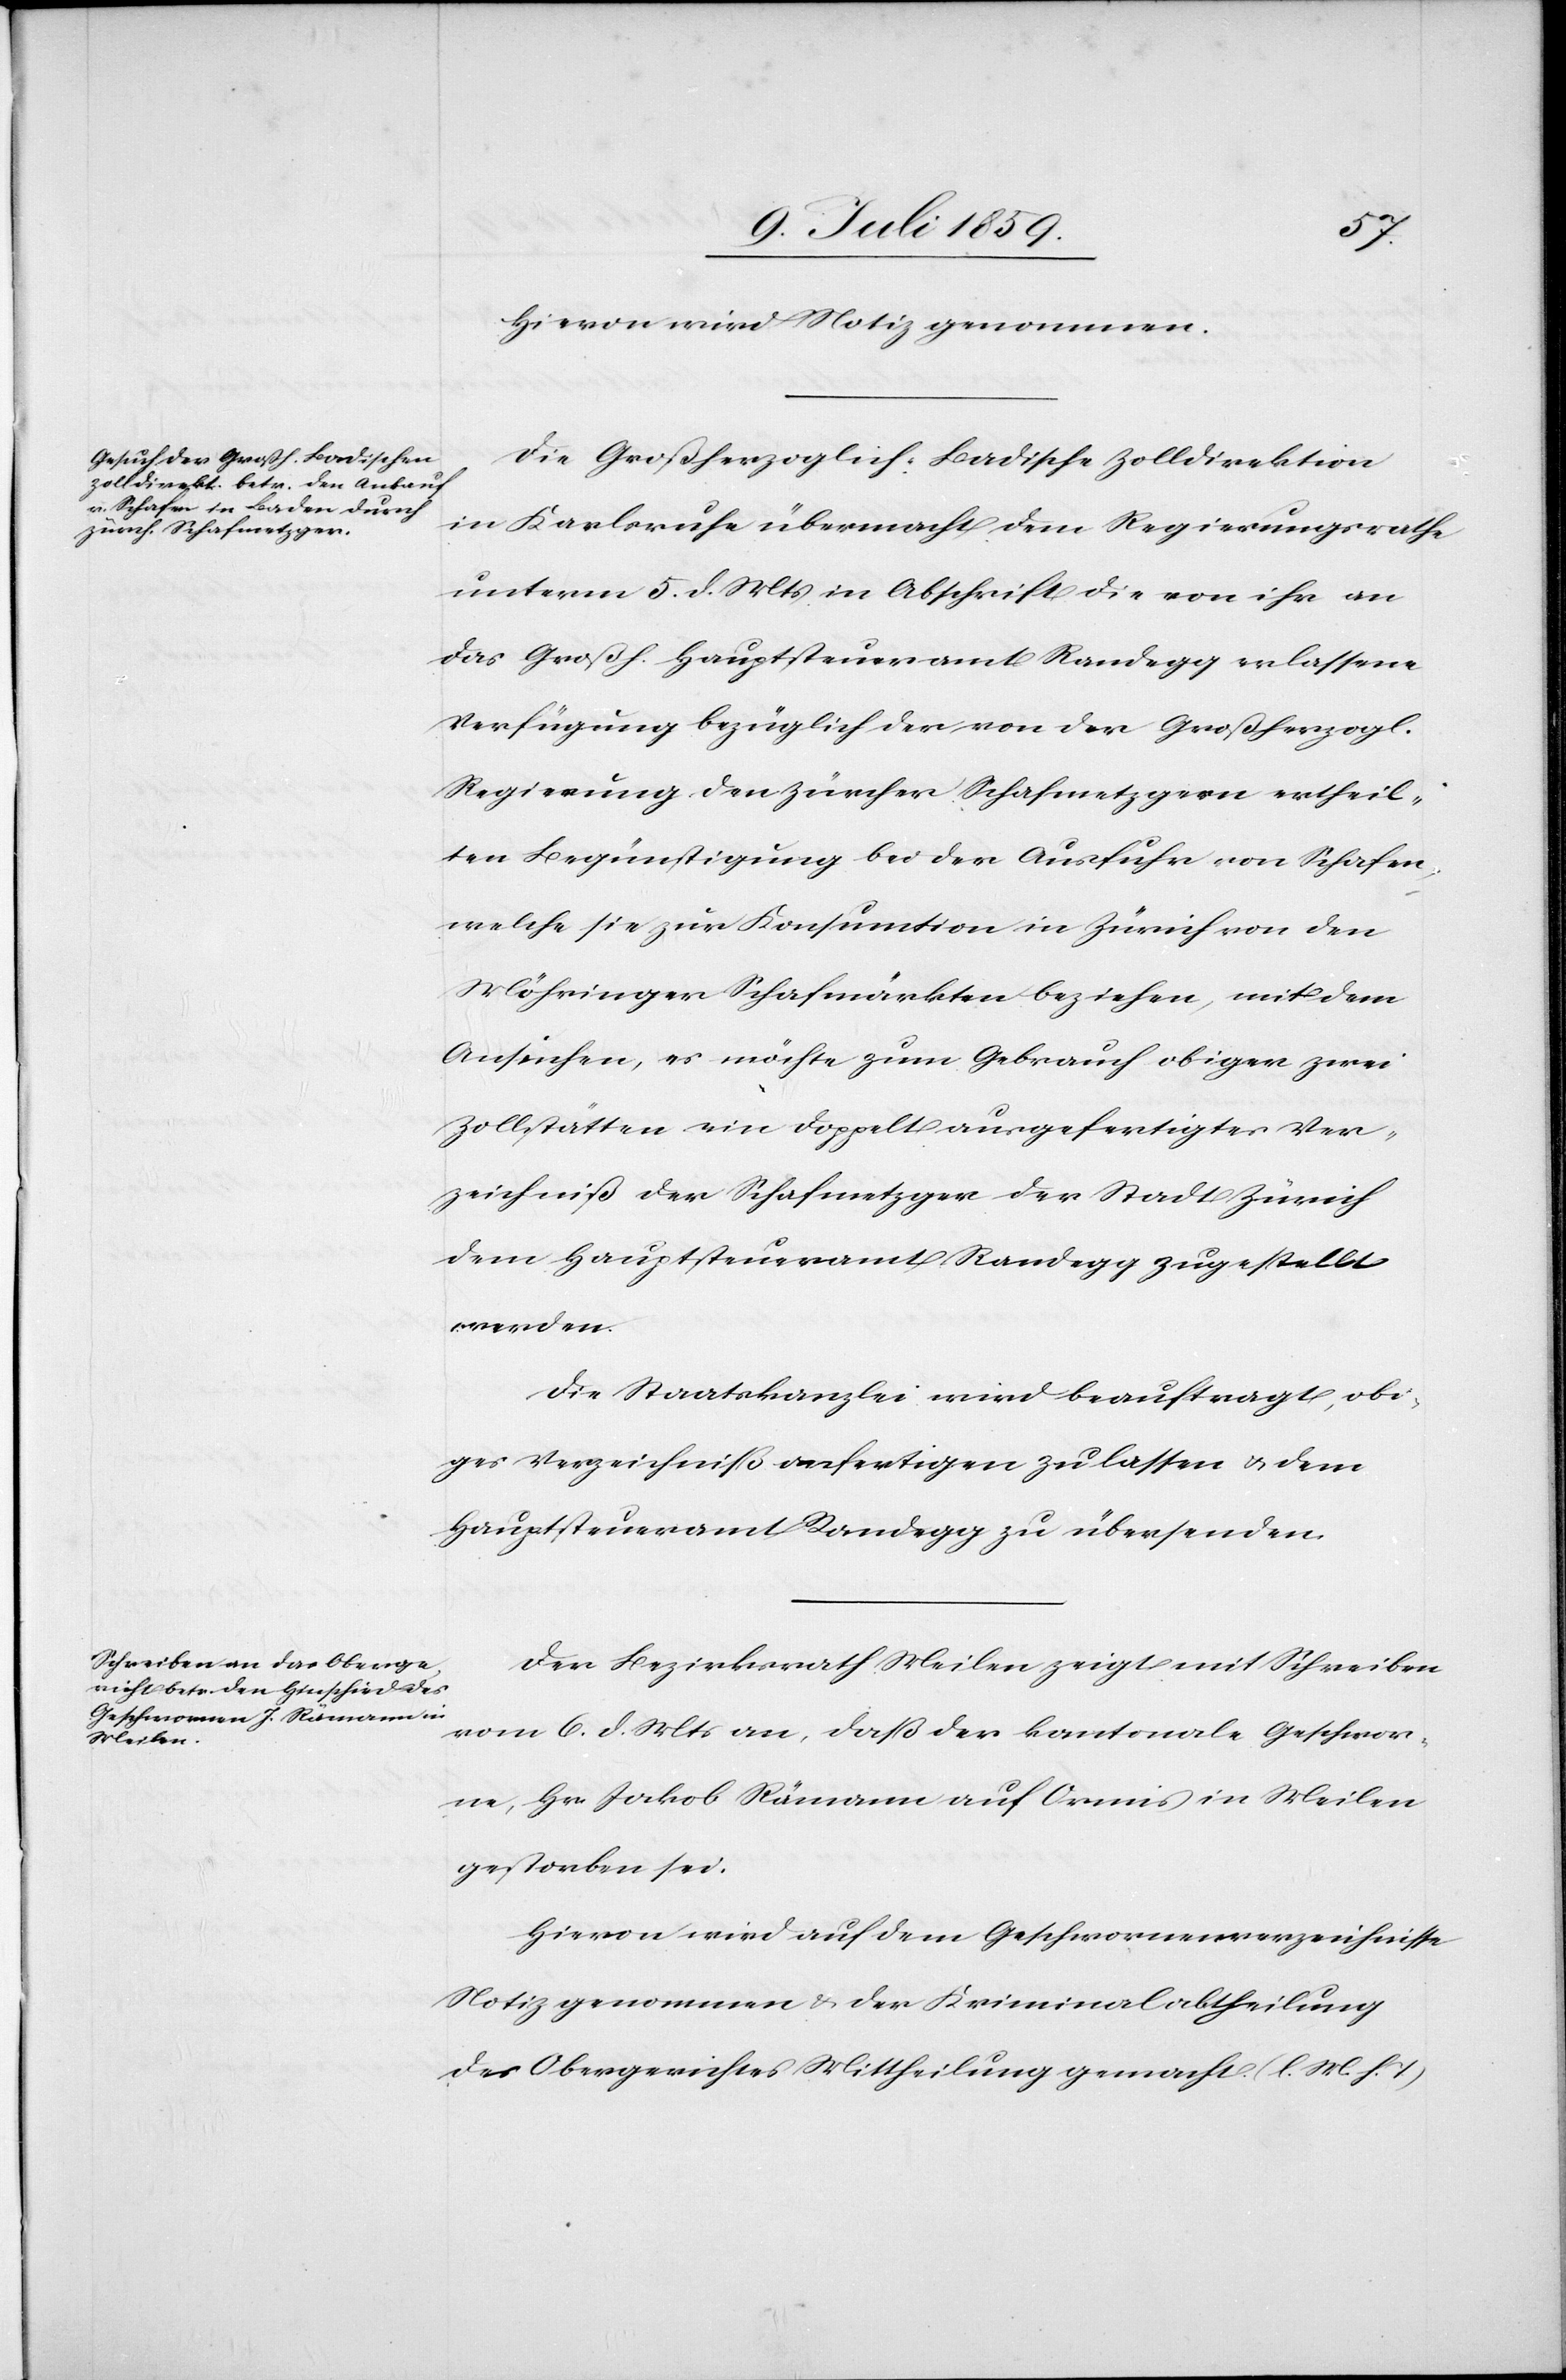
Hievon wird Notiz genommen.
Die Großherzoglich Badische Zolldirektion
in Karlsruhe übermacht dem Regierungsrathe
unterm 5. d. Mts. in Abschrift die von ihr an
das Großh. Hauptsteueramt Randegg erlassene
Verfügung bezüglich der von der Großherzogl.
Regierung den Zürcher Schafmetzgern ertheil¬
ten Begünstigung bei der Ausfuhr von Schafen
welche sie zur Konsumtion in Zürich von den
Wöhringer Schafmärkten beziehen, mit dem
Ansuchen, es möchte zum Gebrauch obiger zwei
Zollstätten ein doppelt ausgefertigtes Ver¬
zeichniß der Schafmetzger der Stadt Zürich
dem Hauptsteueramt Randegg zugestellt
werden.
Die Staatskanzlei wird beauftragt, obi¬
ges Verzeichniß verfertigen zu lassen u. dem
Hauptsteueramt Randegg zu übersenden.
Der Bezirksrath Meilen zeigt mit Schreiben
vom 6. d. Mts. an, daß der kantonale Geschwor¬
ne, Hr. Jakob Rämann auf Ormis in Meilen
gestorben sei.
Hievon wird auf dem Geschwornenverzeichnisse
Notiz genommen u. der Kriminalabtheilung
des Obergerichtes Mittheilung gemacht. (l. M. h. T.)